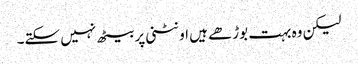
لیکن وہ بہت بوڑھے ہیں اونٹنی پر بیٹھ نہیں سکتے۔